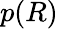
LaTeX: p(R)